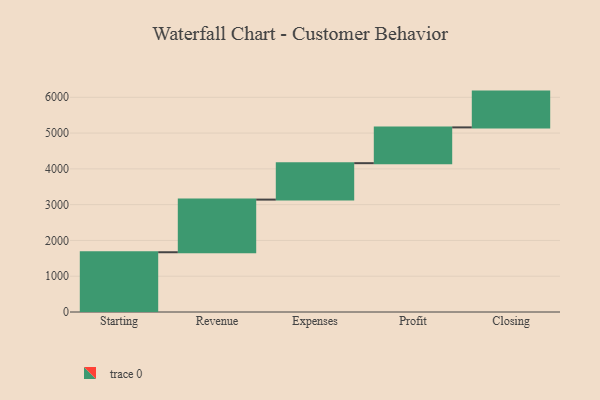
{"axis": {"x": "Step", "y": "Value"}, "legend": [""], "data": [{"x": "Starting", "y": 1670.0, "type": ""}, {"x": "Revenue", "y": 1471.0, "type": ""}, {"x": "Expenses", "y": 1018.0, "type": ""}, {"x": "Profit", "y": 1000, "type": ""}, {"x": "Closing", "y": 1000, "type": ""}]}